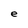
Character: e